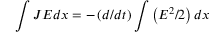
\int J E d x = - \left( d / d t \right) \int \left( E ^ { 2 } / 2 \right) d x